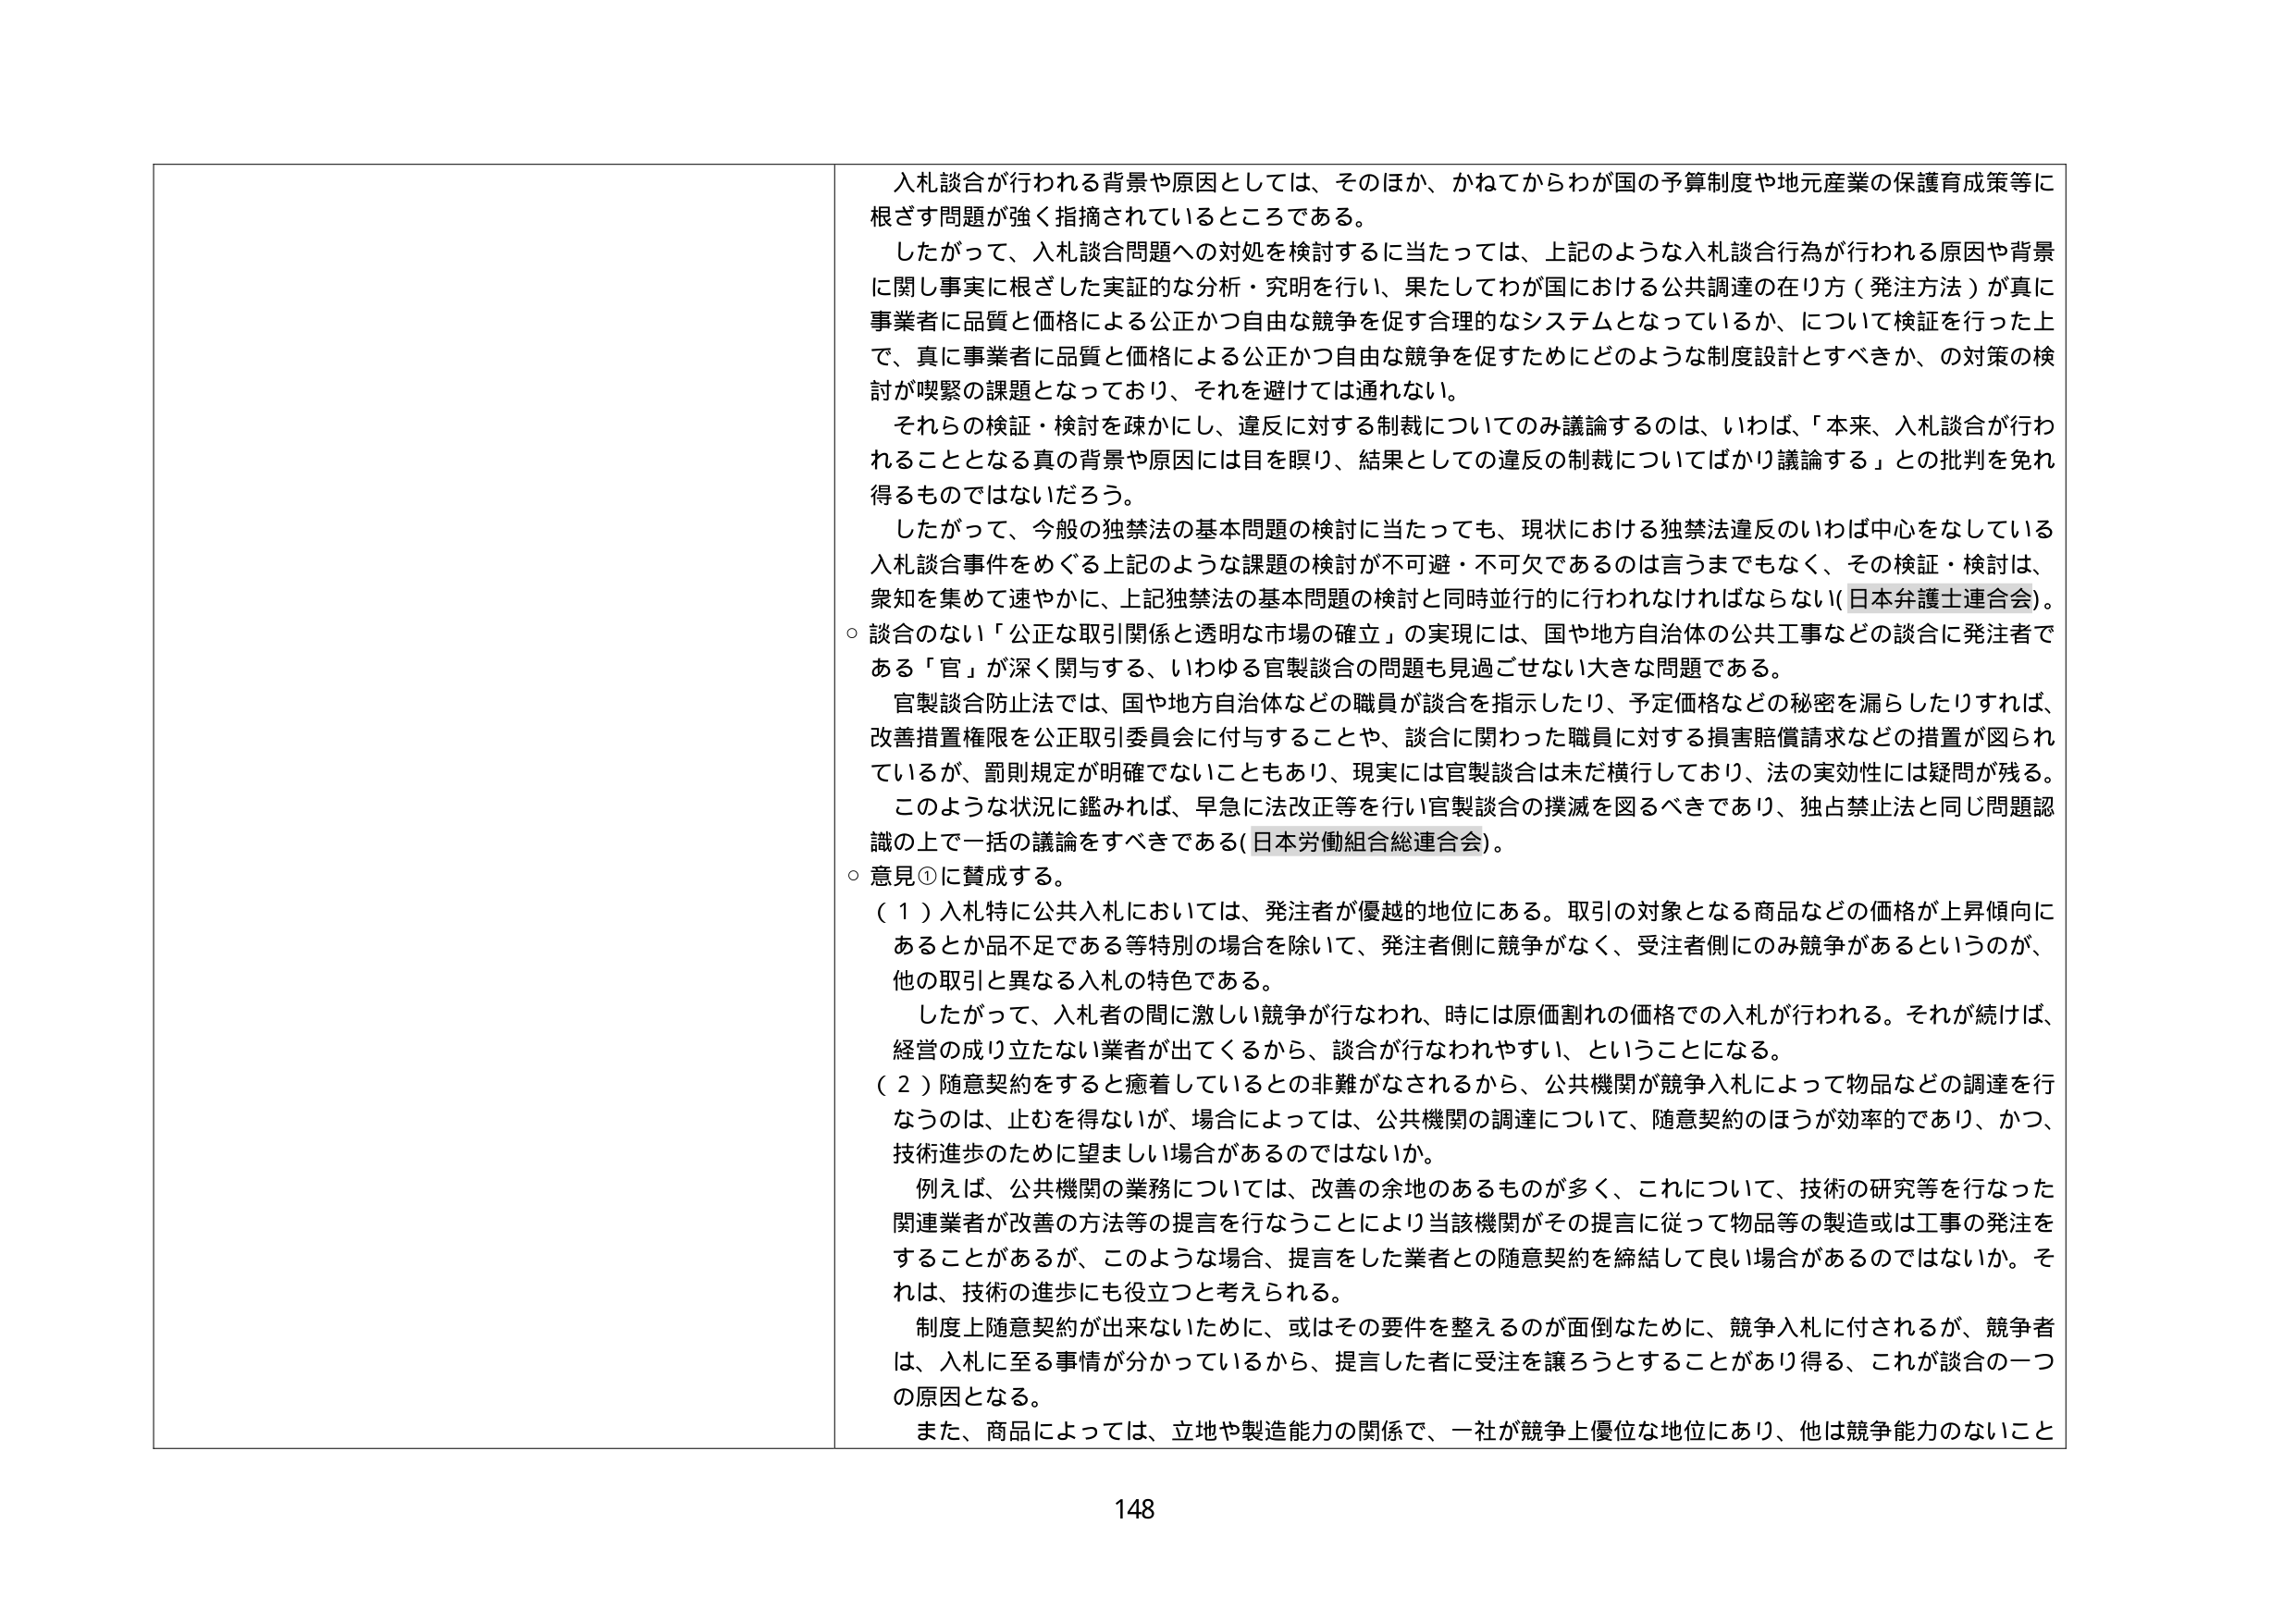
入札談合が行われる背景や原因としては、そのほか、かねてからわが国の予算制度や地元産業の保護育成政策等に根ざす問題が強く指摘されているところである。

したがって、入札談合問題への対処を検討するに当たっては、上記のような入札談合行為が行われる原因や背景に関し事実に根ざした実証的な分析・究明を行い、果たしてわが国における公共調達の在り方（発注方法）が真に事業者に品質と価格による公正かつ自由な競争を促す合理的なシステムとなっているか、について検証を行った上で、真に事業者に品質と価格による公正かつ自由な競争を促すためにどのような制度設計とすべきか、の対策の検討が喫緊の課題となっており、それを避けては通れない。

それらの検証・検討を疎かにし、違反に対する制裁についてのみ議論するのは、いわば、「本来、入札談合が行われることとなる真の背景や原因には目を瞑り、結果としての違反の制裁についてばかり議論する」との批判を免れるものではないだろう。

したがって、今般の独禁法の基本問題の検討に当たっても、現状における独禁法違反のいわば中心をなしている入札談合事件をめぐる上記のような課題の検討が不可避・不可欠であるのは言うまでもなく、その検証・検討は、衆知を集めて速やかに、上記独禁法の基本問題の検討と同時並行的に行われなければならない（日本弁護士連合会）。

○ 談合のない「公正な取引関係と透明な市場の確立」の実現には、国や地方自治体の公共工事などの談合に発注者である「官」が深く関与する、いわゆる官製談合の問題も見過ごせない大きな問題である。

官製談合防止法では、国や地方自治体などの職員が談合を指示したり、予定価格などの秘密を漏らしたりすれば、改善措置権限を公正取引委員会に付与することや、談合に関わった職員に対する損害賠償請求などの措置が図られているが、罰則規定が明確でないこともあり、現実には官製談合は未だ横行しており、法の実効性には疑問が残る。

このような状況に鑑みれば、早急に法改正等を行い官製談合の撲滅を図るべきであり、独占禁止法と同じ問題認識の上で一括の議論をすべきである（日本労働組合総連合会）。

○ 意見①に賛成する。

（１）入札特に公共入札においては、発注者が優越的地位にある。取引の対象となる商品などの価格が上昇傾向にあるとか品不足である等特別の場合を除いて、発注者側に競争がなく、受注者側にのみ競争があるというのが、他の取引と異なる入札の特色である。

したがって、入札者の間に激しい競争が行なわれ、時には原価割れの価格での入札が行われる。それが続けば、経営の成り立たない業者が出てくるから、談合が行なわれやすい、ということになる。

（２）随意契約をすると癒着しているとの非難がなされるから、公共機関が競争入札によって物品などの調達を行なうのは、止むを得ないが、場合によっては、公共機関の調達について、随意契約のほうが効率的であり、かつ、技術進歩のために望ましい場合があるのではないか。

例えば、公共機関の業務については、改善の余地のあるものが多く、これについて、技術の研究等を行なった関連業者が改善の方法等の提言を行なうことにより当該機関がその提言に従って物品等の製造或是工事の発注をすることがあるが、このような場合、提言をした業者との随意契約を締結して良い場合があるのではないか。それは、技術の進歩にも役立つと考えられる。

制度上随意契約が出来ないために、或是その要件を整えるのが面倒なために、競争入札に付されるが、競争者は、入札に至る事情が分かっているから、提言した者に受注を譲ろうとすることがあり得る、これが談合の一つの原因となる。

また、商品によっては、立地や製造能力の関係で、一社が競争上優位な地位にあり、他是競争能力のないこと

148